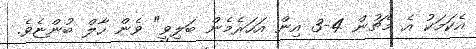
އެކަމަކު އެ މެޗުން 4-3 އިން އަހަރެމެން ބަލިވީ" ވެން ހާލް ބުންޏެވެ.